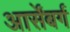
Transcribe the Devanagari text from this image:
आर्सेंबर्ग